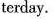
terday.